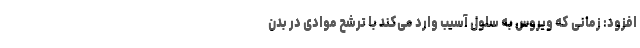
افزود: زمانی که ویروس به سلول آسیب وارد می‌کند با ترشح موادی در بدن